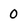
Character: 0